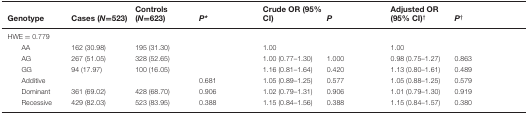
<table><thead><tr><td><b>Genotype</b></td><td><b>Cases (<i>N</i>=523)</b></td><td><b>Controls (<i>N</i>=623)</b></td><td><b><i>P*</i></b></td><td><b>Crude OR (95% CI)</b></td><td><b><i>P</i></b></td><td><b>Adjusted OR (95% CI)<sup>†</sup></b></td><td><b><i>P</i><sup>†</sup></b></td></tr></thead><tbody><tr><td colspan="8">HWE = 0.779</td></tr><tr><td>AA</td><td>162 (30.98)</td><td>195 (31.30)</td><td></td><td>1.00</td><td></td><td>1.00</td><td></td></tr><tr><td>AG</td><td>267 (51.05)</td><td>328 (52.65)</td><td></td><td>1.00 (0.77–1.30)</td><td>1.000</td><td>0.98 (0.75–1.27)</td><td>0.863</td></tr><tr><td>GG</td><td>94 (17.97)</td><td>100 (16.05)</td><td></td><td>1.16 (0.81–1.64)</td><td>0.420</td><td>1.13 (0.80–1.61)</td><td>0.489</td></tr><tr><td>Additive</td><td></td><td></td><td>0.681</td><td>1.05 (0.89–1.25)</td><td>0.577</td><td>1.05 (0.88–1.25)</td><td>0.579</td></tr><tr><td>Dominant</td><td>361 (69.02)</td><td>428 (68.70)</td><td>0.906</td><td>1.02 (0.79–1.31)</td><td>0.906</td><td>1.01 (0.79–1.30)</td><td>0.919</td></tr><tr><td>Recessive</td><td>429 (82.03)</td><td>523 (83.95)</td><td>0.388</td><td>1.15 (0.84–1.56)</td><td>0.388</td><td>1.15 (0.84–1.57)</td><td>0.380</td></tr></tbody></table>